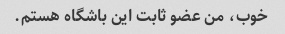
خوب، من عضو ثابت این باشگاه هستم.